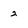
Character: 2